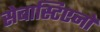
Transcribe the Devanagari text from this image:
सेबास्टिएनो